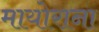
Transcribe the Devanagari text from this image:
मायोराना